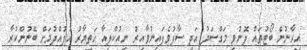
އިރާނުން ބޯޓުތައް ފޮނުވި މަގްސަދު އަދި ސާފުވެފައިނުވާއިރު ނިއުކްލިއާ ހަތިޔާރު އުފުއްދުމަށް ބޭނުންކުރާ